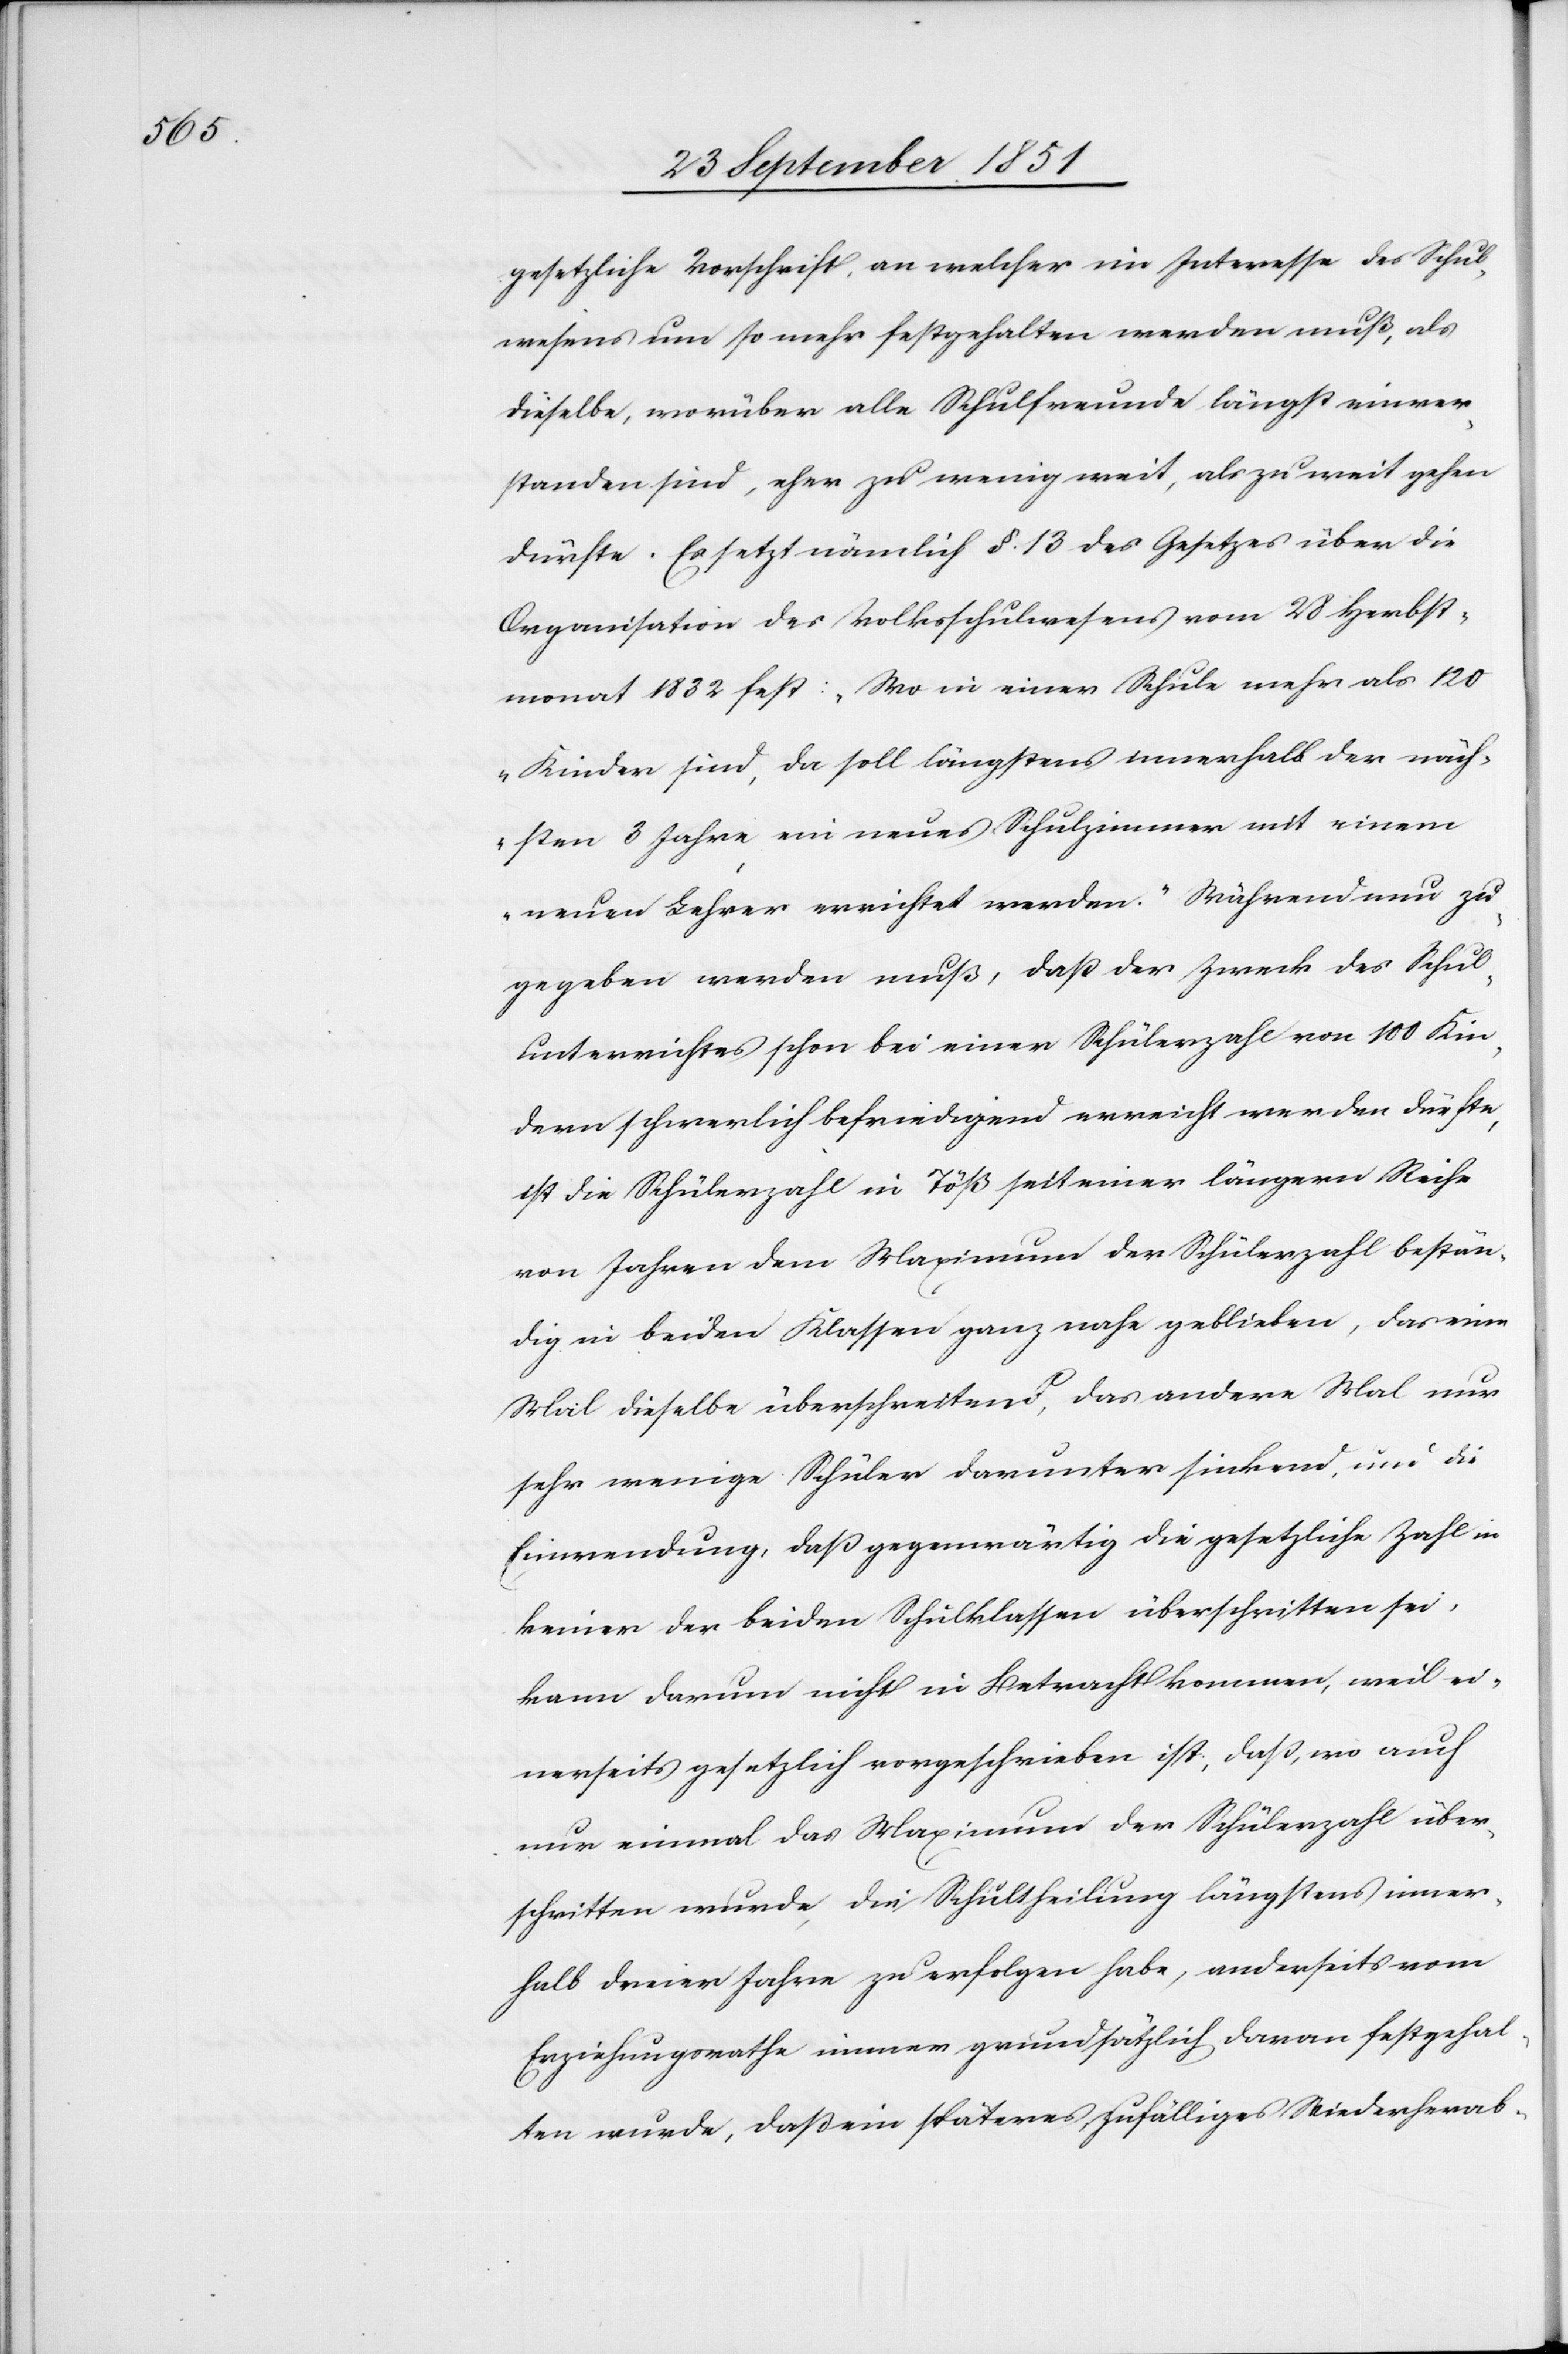
gesetzliche Vorschrift, an welcher im Interesse des Schul¬
wesens um so mehr festgehalten werden muß, als
dieselbe, worüber alle Schulfreunde längst einver¬
standen sind, eher zu wenig weit, als zu weit gehen
dürfte. Es setzt nämlich §. 13 des Gesetzes über die
Organisation des Volksschulwesens vom 28 Herbst¬
monat 1832 fest: „Wo in einer Schule mehr als 120
Kinder sind, da soll längstens innerhalb der näch¬
sten 3 Jahre ein neues Schulzimmer mit einem
neuen Lehrer errichtet werden.“ Während nun zu¬
gegeben werden muß, daß der Zweck des Schul¬
unterrichtes schon bei einer Schülerzahl von 100 Kin¬
dern schwerlich befriedigend erreicht werden dürfte,
ist die Schülerzahl in Töß seit einer längern Reihe
von Jahren dem Maximum der Schülerzahl bestän¬
dig in beiden Klassen ganz nahe geblieben, das eine
Mal dieselbe überschreitend, das andere Mal nur
sehr wenige Schüler darunter sinkend, und die
Einwendung, daß gegenwärtig die gesetzliche Zahl in
keiner der beiden Schulklassen überschritten sei,
kann darum nicht in Betracht kommen, weil ei¬
nerseits gesetzlich vorgeschrieben ist, daß, wo auch
nur einmal das Maximum der Schülerzahl über¬
schritten wurde, die Schultheilung längstens inner¬
halb dreier Jahre zu erfolgen habe, anderseits vom
Erziehungsrathe immer grundsätzlich daran festgehal¬
ten wurde, daß ein späteres zufälliges Wiederherab-